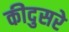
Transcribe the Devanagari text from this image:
कीदुसरे